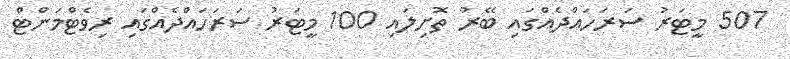
507 މީޓަރު ސަރަހައްދެއްގައި ބޭރު ތޮށިލައި 100 މީޓަރު ސަރަހައްދެއްގައި ރިވެޓްމަންޓް